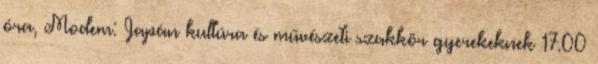
óra, Modem: Japán kultúra és művészeti szakkör gyerekeknek 17.00